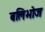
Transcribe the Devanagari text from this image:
बलिभोज